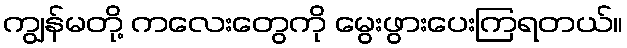
ကျွန်မတို့ ကလေးတွေကို မွေးဖွားပေးကြရတယ်။